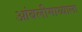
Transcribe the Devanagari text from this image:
आंबलीमाथ्याला